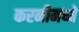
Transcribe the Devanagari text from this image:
करनीमध्ये